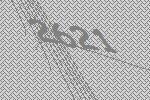
2621